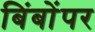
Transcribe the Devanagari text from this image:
बिंबोंपर